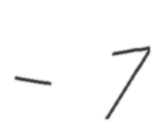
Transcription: – 7